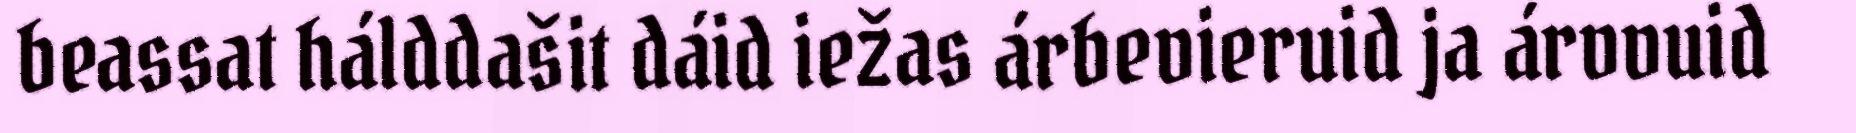
beassat hálddašit dáid iežas árbevieruid ja árvvuid